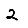
Digit: 2